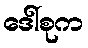
ဒေါ်စုက